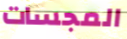
المجسات